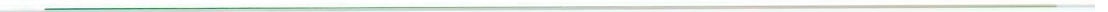
___